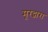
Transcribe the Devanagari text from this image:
मूरद्वारा